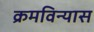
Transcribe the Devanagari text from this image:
क्रमविन्यास